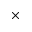
\times